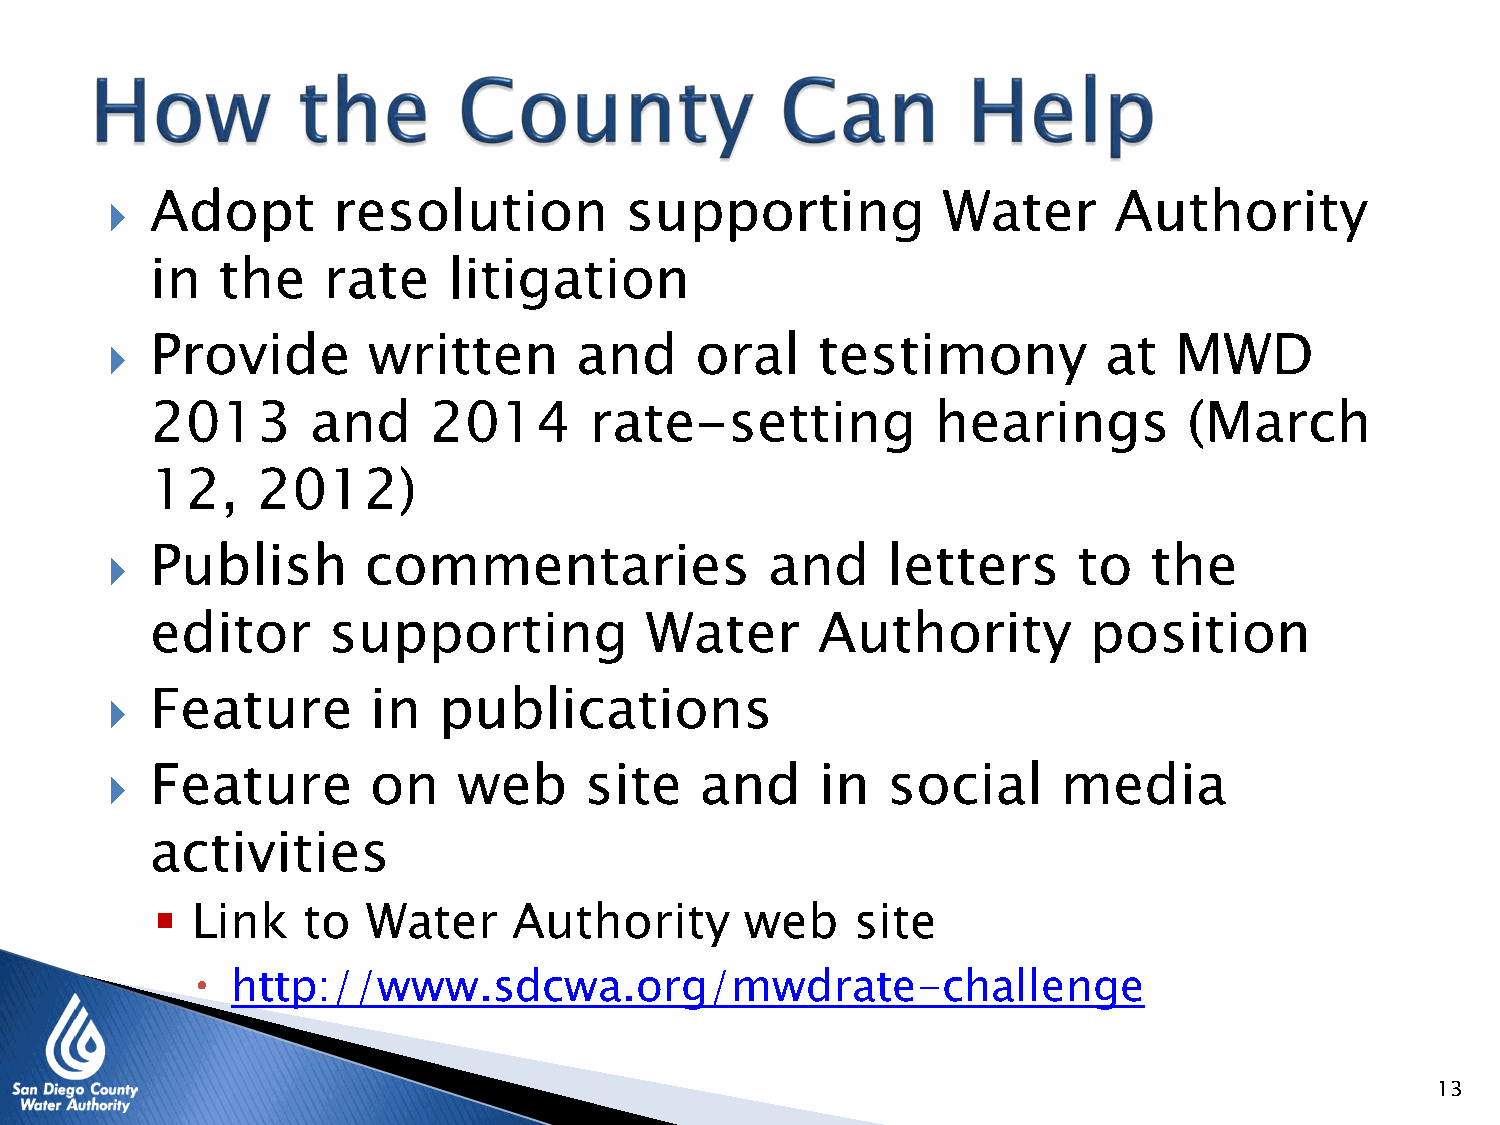
  Adopt       resolution         supporting           Water       Authority
 in  the    rate     litigation
   Provide       written       and     oral    testimony          at   MWD
 2013       and    2014       rate-setting           hearings         (March
 12,    2012)
   Publish       commentaries               and     letters     to   the
 editor      supporting           Water      Authority         position
   Feature       in   publications
   Feature       on    web      site   and     in   social     media
 activities
 
 Link   to  Water     Authority      web     site
 
 http://www.sdcwa.org/mwdrate-challenge
 13